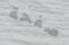
صفحة